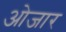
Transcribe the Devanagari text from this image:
ओजार